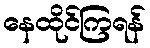
နေထိုင်ကြရန်